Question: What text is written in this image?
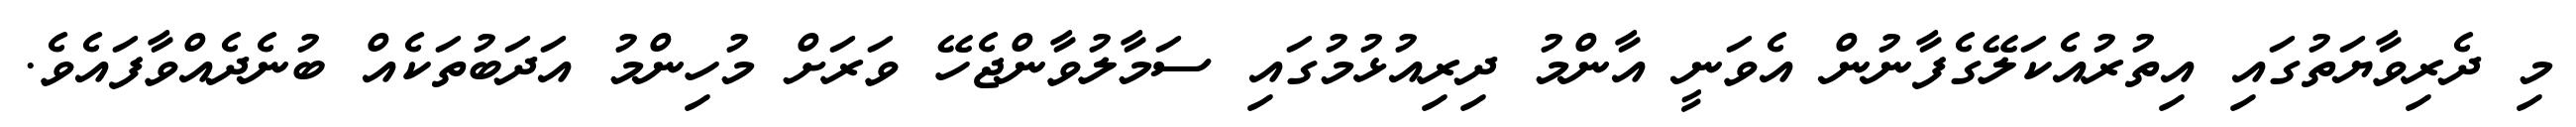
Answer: މި ދެރިވާޔަތުގައި އިތުރުއެކަލޭގެފާނުން އެވަނީ އާންމު ދިރިއުޅުމުގައި ސަމާލުވާންޖެހޭ ވަރަށް މުހިންމު އަދަބުތަކެއް ބުނެދެއްވާފައެވެ.